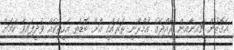
އެގޮތުން ޗައިނާއިން ރާއްޖޭގެ އުމްރާނީ ތަރައްގީ އަށް ބޮޑެތި އެހީތަކެއް ވެދީފައިވާ ކަމަށް